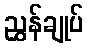
ညွှန်ချုပ်